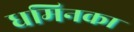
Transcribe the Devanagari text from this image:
धमिनका